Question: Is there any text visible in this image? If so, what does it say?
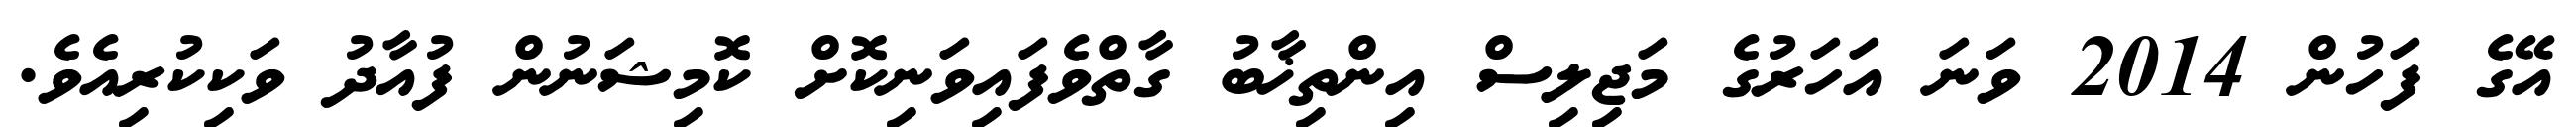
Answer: އޭގެ ފަހުން 2014 ވަނަ އަހަރުގެ މަޖިލިސް އިންތިޚާބު ގާތްވެފައިވަނިކޮށް ކޮމިޝަނުން ފުއާދު ވަކިކުރިއެވެ.